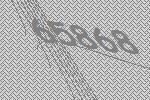
65868